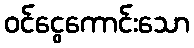
ဝင်ငွေကောင်းသော